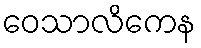
ဝေသာလိကေန